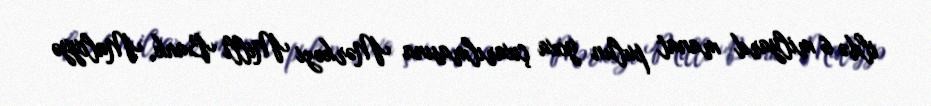
ildə 6 milyard manat pulun yoxa çıxarılmasına Mərkəzi Milli Bank, Maliyyə